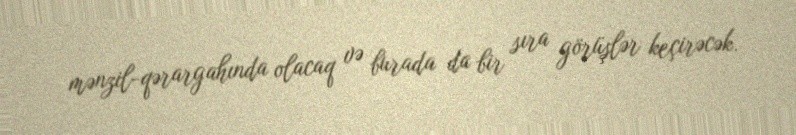
mənzil-qərargahında olacaq və burada da bir sıra görüşlər keçirəcək.